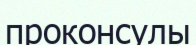
проконсулы